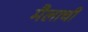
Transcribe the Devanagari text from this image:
मैलाची